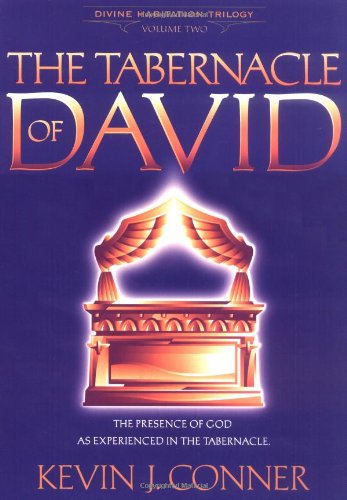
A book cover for The Tabernacle of David: The Presence of God as Experienced in the Tabernacle; Kevin J. Conner; Christian Books & Bibles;